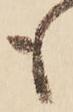
も